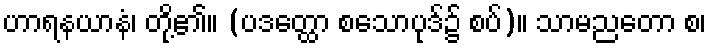
ဟာရနယာနံ၊ တို့၏။ (ပဒတ္ထော စသောပုဒ်၌ စပ်)။ သာမညတော စ၊